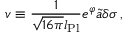
v \equiv { \frac { 1 } { \sqrt { 1 6 \pi } l _ { \mathrm { P l } } } } e ^ { \varphi } \widetilde { a } \delta \sigma \, ,